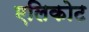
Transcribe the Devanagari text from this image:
एलिकोट